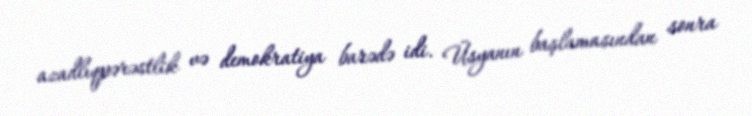
azadlıqpərəstlik və demokratiya barədə idi. Üsyanın başlamasından sonra